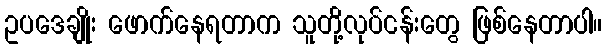
ဥပဒေချိုး ဖောက်နေရတာက သူတို့လုပ်ငန်းတွေ ဖြစ်နေတာပါ။